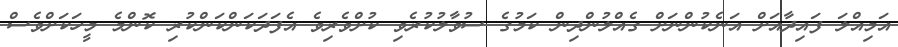
އަމިއްލަ ފައިދާއަށް އަނެކުންނަށް ގެއްލުންދިން ކަމުގެ ސުވާލުކުރެވި ކުށްވެރިވެ އެފަދަކަންކަންކުރި ކޮންމެ މީހަކަށްވެސް